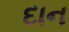
દાન